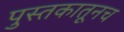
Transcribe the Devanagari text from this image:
पुस्तकातूनच